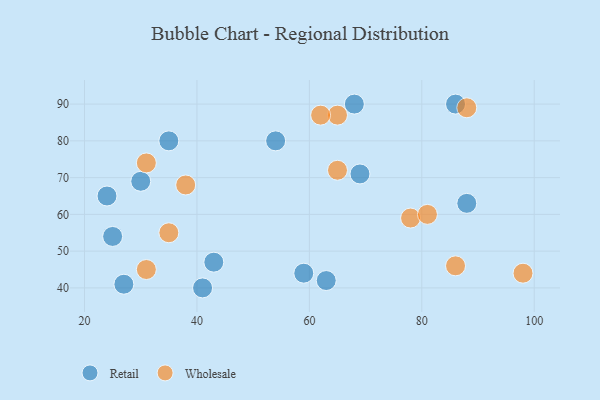
{"axis": {"x": "GDP", "y": "Life Expectancy"}, "legend": ["Retail", "Wholesale"], "data": [{"x": "59", "y": 44, "type": "Retail"}, {"x": "43", "y": 47, "type": "Retail"}, {"x": "86", "y": 90, "type": "Retail"}, {"x": "27", "y": 41, "type": "Retail"}, {"x": "69", "y": 71, "type": "Retail"}, {"x": "88", "y": 63, "type": "Retail"}, {"x": "54", "y": 80, "type": "Retail"}, {"x": "30", "y": 69, "type": "Retail"}, {"x": "41", "y": 40, "type": "Retail"}, {"x": "35", "y": 80, "type": "Retail"}, {"x": "63", "y": 42, "type": "Retail"}, {"x": "25", "y": 54, "type": "Retail"}, {"x": "24", "y": 65, "type": "Retail"}, {"x": "68", "y": 90, "type": "Retail"}, {"x": "65", "y": 87, "type": "Wholesale"}, {"x": "78", "y": 59, "type": "Wholesale"}, {"x": "35", "y": 55, "type": "Wholesale"}, {"x": "86", "y": 46, "type": "Wholesale"}, {"x": "81", "y": 60, "type": "Wholesale"}, {"x": "31", "y": 74, "type": "Wholesale"}, {"x": "38", "y": 68, "type": "Wholesale"}, {"x": "65", "y": 72, "type": "Wholesale"}, {"x": "88", "y": 89, "type": "Wholesale"}, {"x": "31", "y": 45, "type": "Wholesale"}, {"x": "62", "y": 87, "type": "Wholesale"}, {"x": "98", "y": 44, "type": "Wholesale"}]}